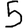
Digit: 5